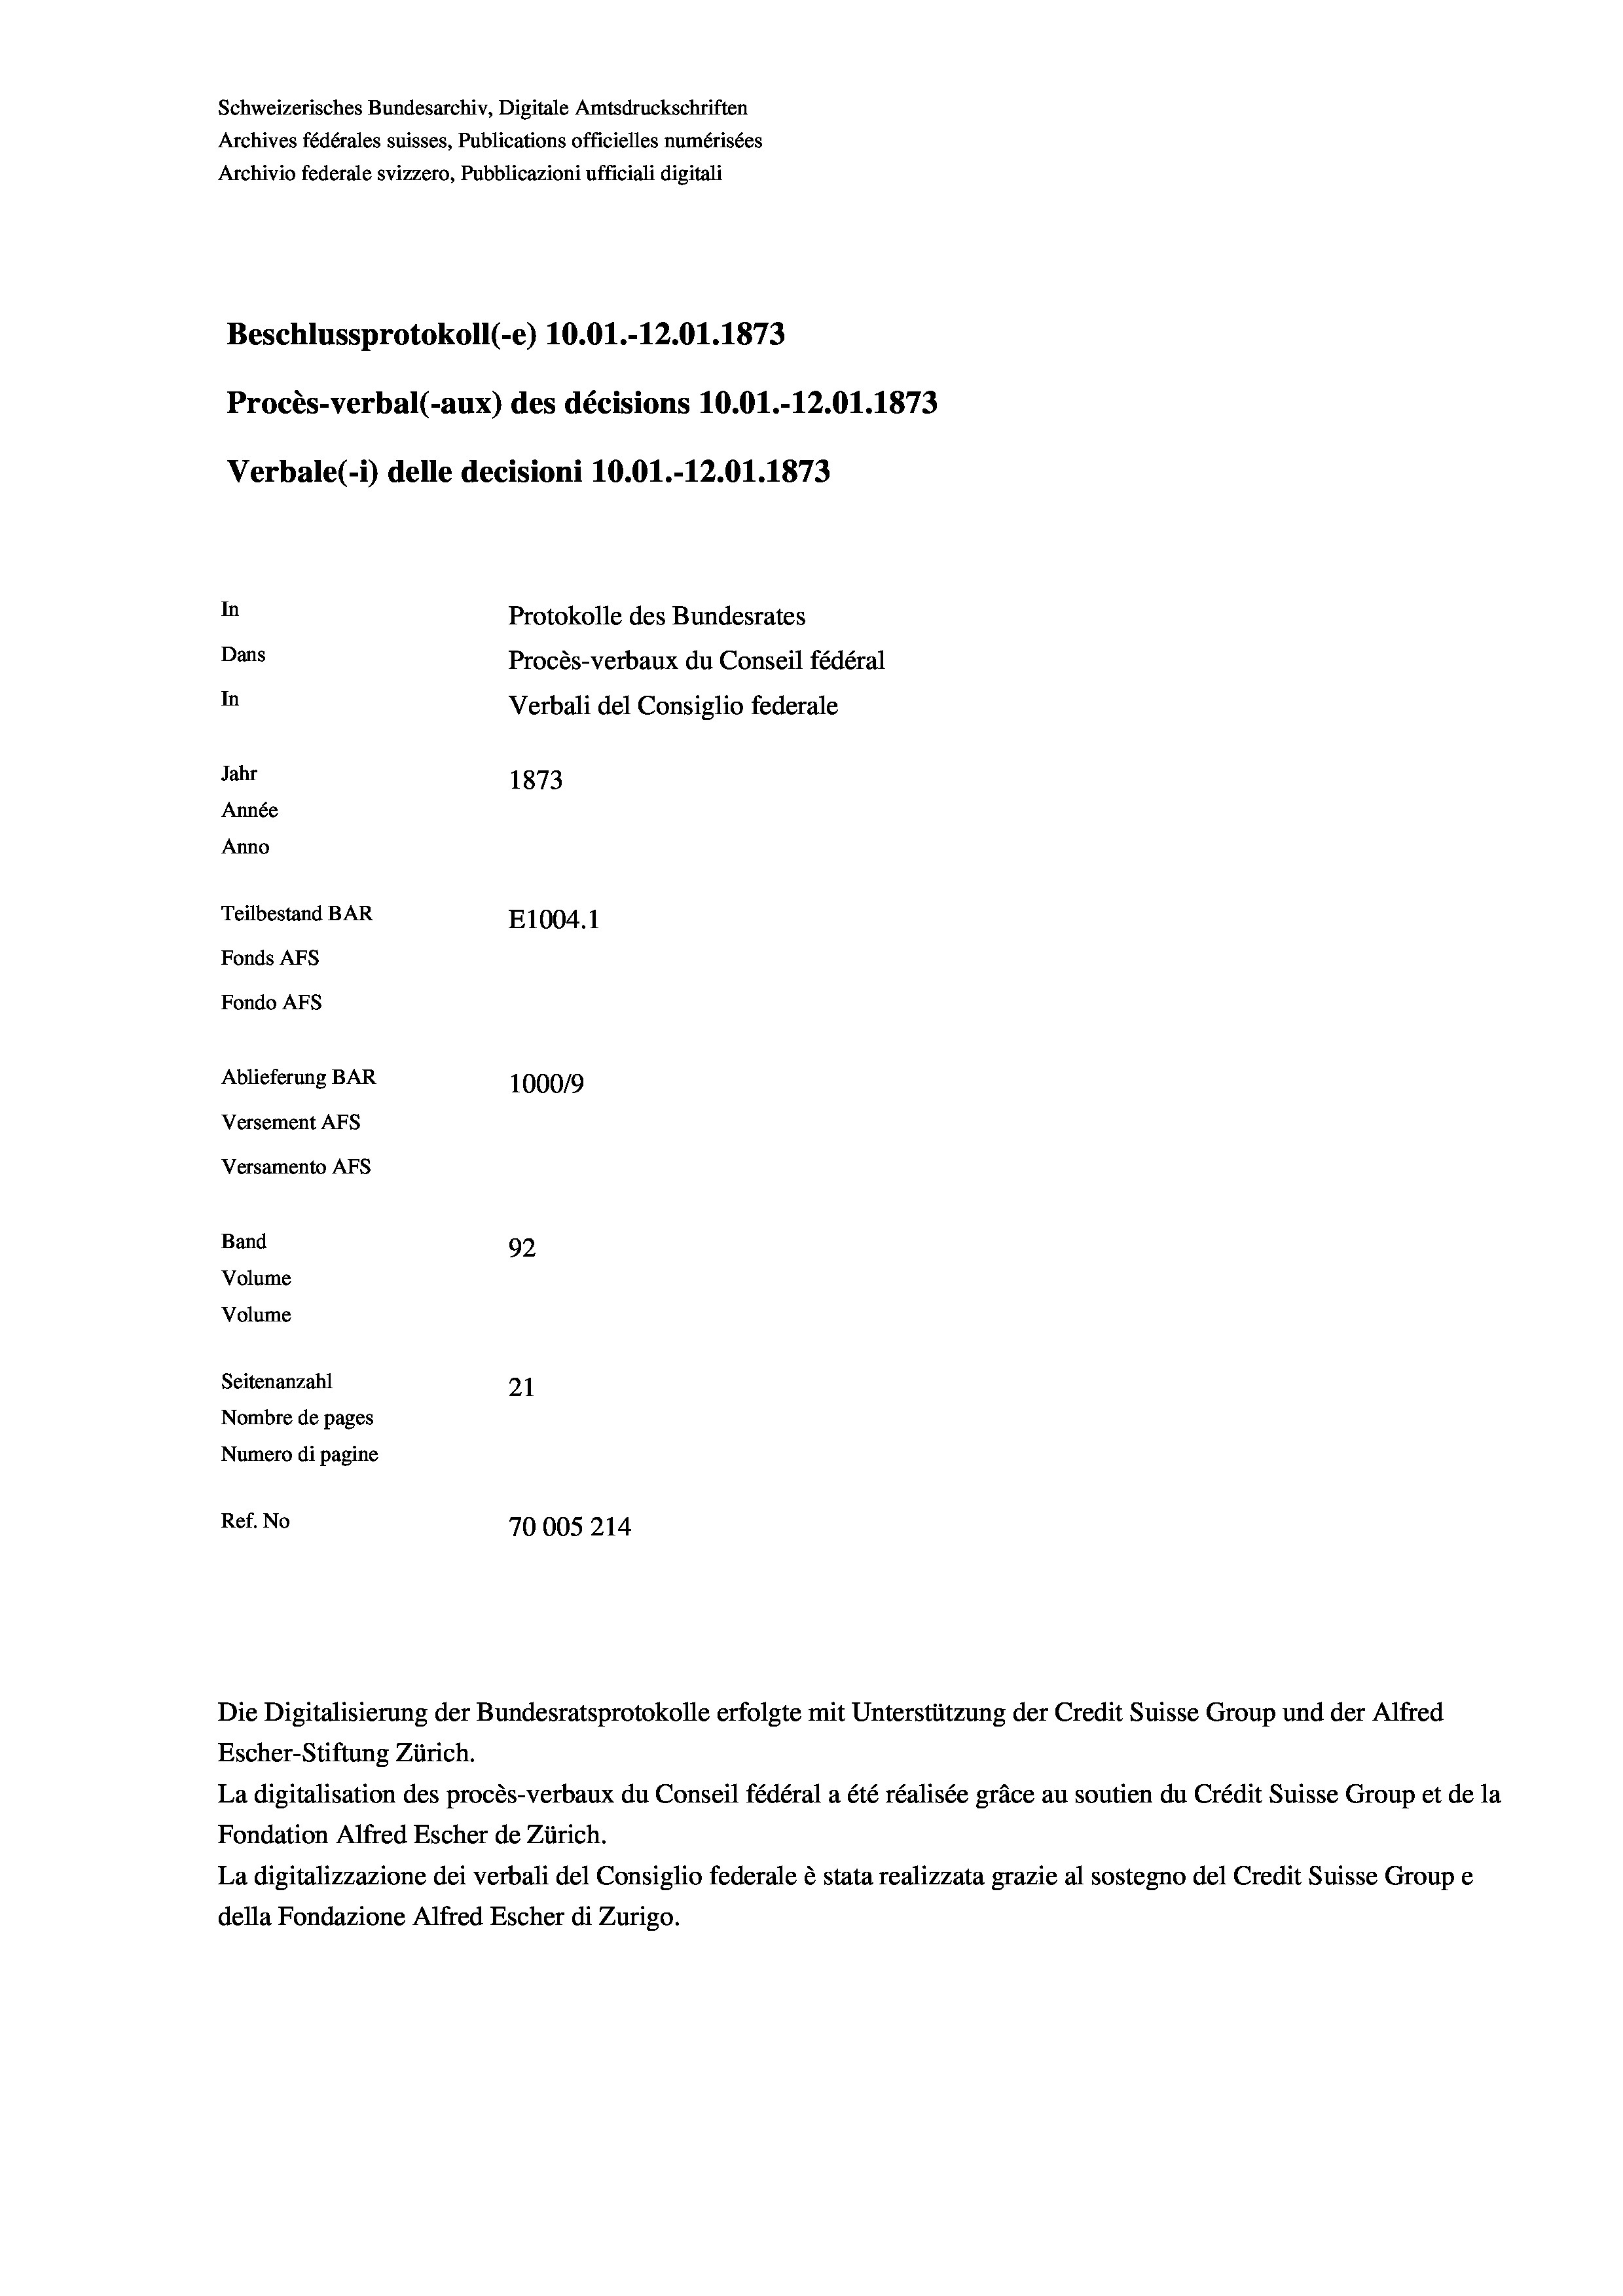
Schweizerisches Bundesarchiv, Digitale Amtsdruckschriften
Archives fédérales suisses, Publications officielles numérisées
Archivio federale svizzero, Pubblicazioni ufficiali digitali
Beschlussprotokoll (-e) 10.01.-12.01. 1873
Procès-verbal (-aux) des décisions 10.01.-12.01. 1873
Verbale(-*) delle decisioni 10.01.-12.01. 1873
In
Protokolle des Bundesrates
Dans
Procès-verbaux du Conseil fédéral
In
Verbali del Consiglio federale
Jahr
1873
Année
Anno
Teilbestand BAR
E1004.1
Fonds AFs
Fondo AFs
Ablieferung BAR
100019
Versement AFs
Versamento AFs

92
Seitenanzahl
21
Nombre de pages
Numero di pagine
Ref. No
70005 214

Band
Volume

Volume

Escher-Stiftung Zürich.
La digitalisation des procès-verbaux du Conseil fédéral a été réalisée gräce au soutien du Crédit Suisse Group et de la
Fondation Alfred Escher de Zürich.
La digitalizzazione dei verbali del Consiglio federale è stata realizzata grazie al sostegno del Credit Suisse Groupe
della Fondazione Alfred Escher di Zurigo.

Die Digitalisierung der Bundesratsprotokolle erfolgte mit Unterstützung der Credit Suisse Group und der Alfred